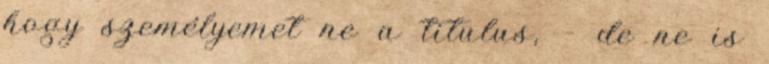
hogy személyemet ne a titulus, – de ne is